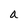
Character: a